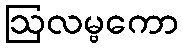
ဩလမ္ဗကော